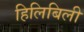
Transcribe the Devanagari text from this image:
हिलिबिली